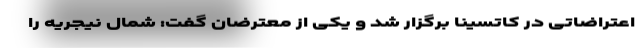
اعتراضاتی در کاتسینا برگزار شد و یکی از معترضان گفت: شمال نیجریه را